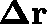
\mathbf { \Delta r }